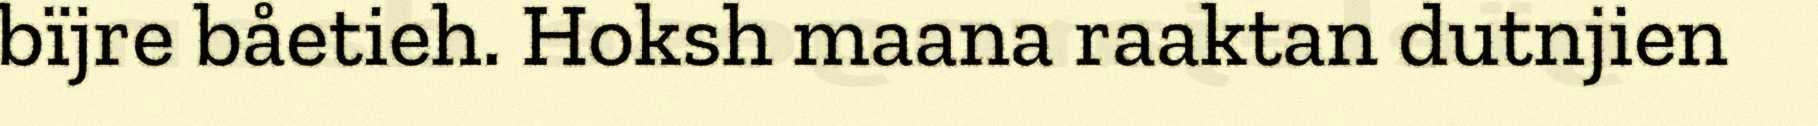
bïjre båetieh. Hoksh maana raaktan dutnjien